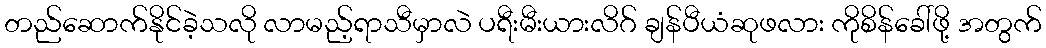
တည်ဆောက်နိုင်ခဲ့သလို လာမည့်ရာသီမှာလဲ ပရီးမီးယားလိဂ် ချန်ပီယံဆုဖလား ကိုစိန်ခေါ်ဖို့ အတွက်